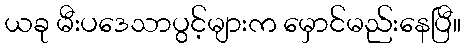
ယခု မီးပဒေသာပွင့်များက မှောင်မည်းနေပြီ။